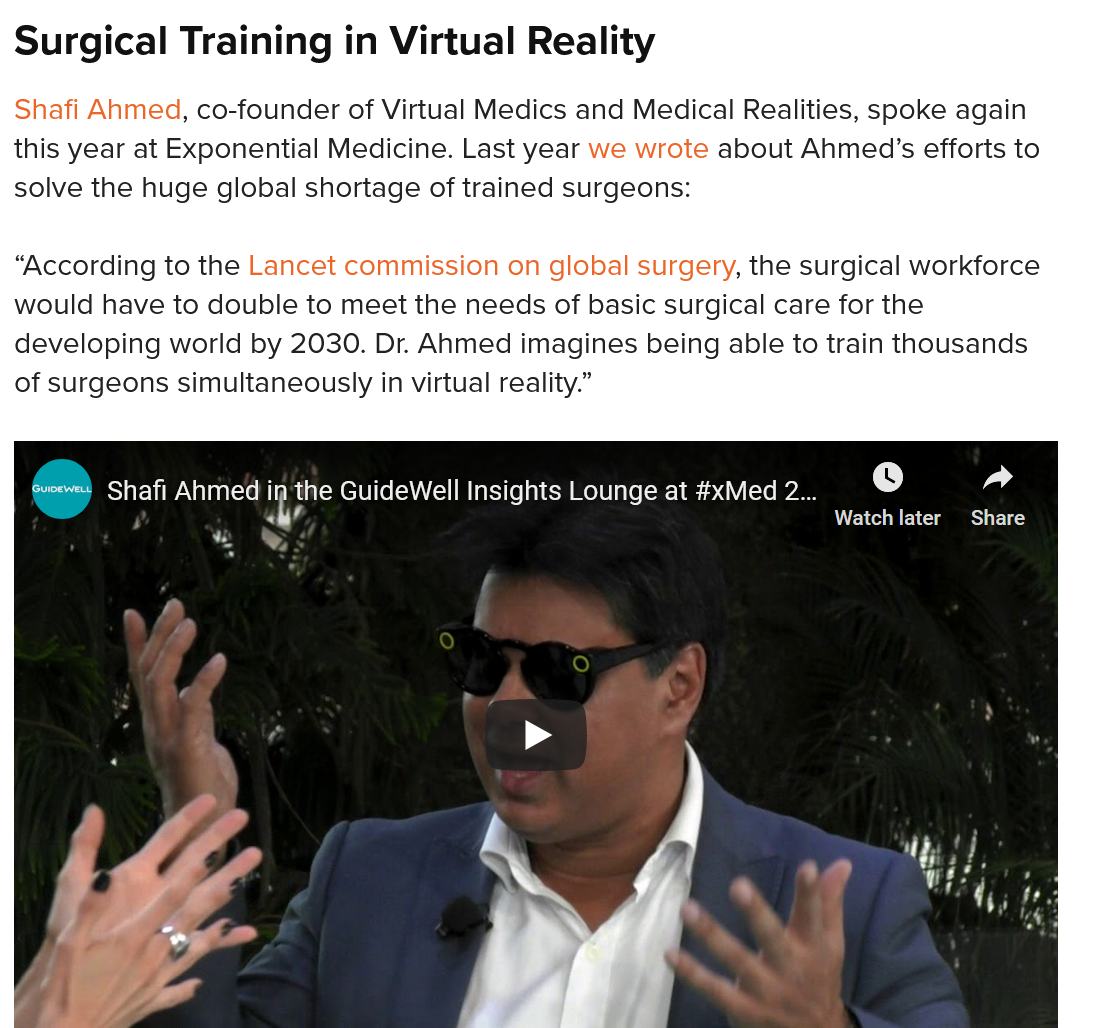
Surgical  Training   in Virtual  Reality
  Shafi Ahmed, co-founder of Virtual Medics and Medical Realities, spoke again
  this year at Exponential Medicine. Last year we wrote about Ahmed’s efforts to
  solve the huge global shortage of trained surgeons:
  “According to the Lancet commission on global surgery, the surgical workforce
  would have to double to meet the needs of basic surgical care for the
  developing world by 2030. Dr. Ahmed imagines being able to train thousands
  of surgeons simultaneously in virtual reality.”
   rte  Shafi Anmed ir) the GuideWell Insights Lounge at #xMed 2...
     Mee    Share